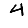
Digit: 4